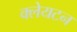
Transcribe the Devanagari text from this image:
क्लेयटन